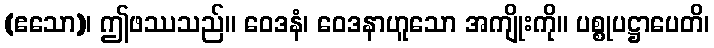
(ဧသော)၊ ဤဖဿသည်။ ဝေဒနံ၊ ဝေဒနာဟူသော အကျိုးကို။ ပစ္စုပဋ္ဌာပေတိ၊